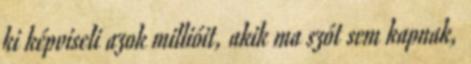
ki képviseli azok millióit, akik ma szót sem kapnak,